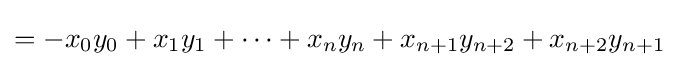
=-x_{0}y_{0}+x_{1}y_{1}+\cdots +x_{n}y_{n}+x_{n+1}y_{n+2}+x_{n+2}y_{n+1}